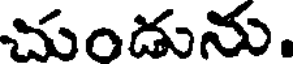
చుండును.